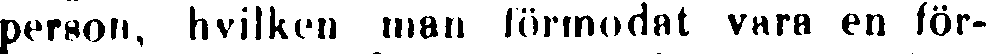
person, hvilken man förmodat vara en för-